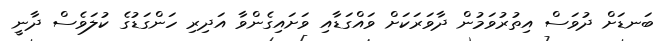
ބަނޑަށް ދުވަސް އިތުރުވަމުން ދާވަރަކަށް ވައްގަޑާއި ވަށައިގެންވާ އަދިރި ހަންގަޑުގެ ކުލަވެސް ދާނީ